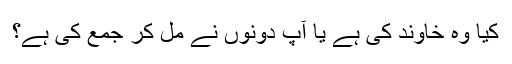
کیا وہ خاوند کی ہے یا آپ دونوں نے مل کر جمع کی ہے؟